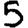
Digit: 5